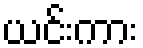
ယင်းကား